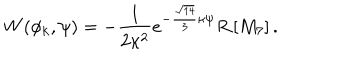
LaTeX: { W ( \phi _ { k } , \psi ) = - \frac { 1 } { 2 \kappa ^ { 2 } } e ^ { - \frac { \sqrt { 1 4 } } { 3 } \kappa \psi } R \left[ M _ { 7 } \right] . }